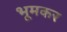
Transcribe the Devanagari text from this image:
भूमकर